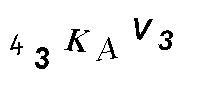
43KAV3